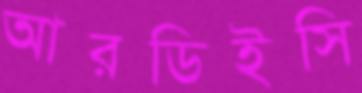
আরডিইসি